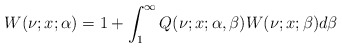
\begin{align*}W(\nu;x;\alpha)=1+\int_{1}^{\infty}Q(\nu;x;\alpha,\beta)W(\nu;x;\beta)d\beta\end{align*}